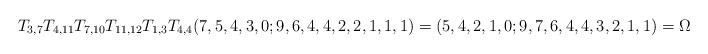
\begin{align*}T_{3,7}T_{4,11}T_{7,10}T_{11,12}T_{1,3}T_{4,4}(7,5,4,3,0;9,6,4,4,2,2,1,1,1)=(5,4,2,1,0;9,7,6,4,4,3,2,1,1)= \Omega\end{align*}